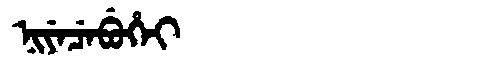
Manchu: ᠨᡳᠶᡝᠴᡝᠪᡠᡥᡝᡳ
Romanization: NIYECEBUHEI